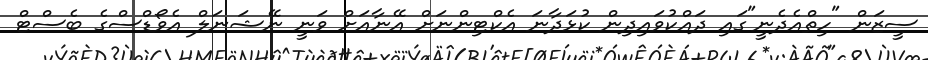
ސީޒަން "ހިތްއެދެނީ"ގައި ދައްކުވައިދިން ކުޅަދާނަ އެކްޓިންނަށް އޭނާއަށް ވަނީ ނޭޝަނަލް އެވޯޑްސްގެ ބެސްޓް